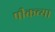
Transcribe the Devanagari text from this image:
पीकच्या